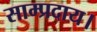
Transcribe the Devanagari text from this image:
साम्प्रदाय।